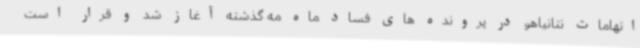
اتهامات نتانیاهو در پرونده های فساد ماه مه گذشته آغاز شد و قرار است